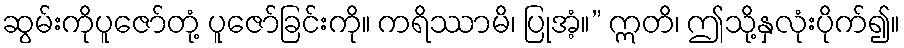
ဆွမ်းကိုပူဇော်တုံ့ ပူဇော်ခြင်းကို။ ကရိဿာမိ၊ ပြုအံ့။” ဣတိ၊ ဤသို့နှလုံးပိုက်၍။